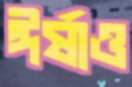
ঈর্ষাও